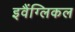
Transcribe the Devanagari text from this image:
इवैंग्लिकल